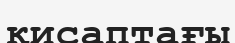
қисаптағы